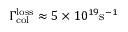
\Gamma _ { \mathrm { c o l } } ^ { \mathrm { l o s s } } \approx 5 \times 1 0 ^ { 1 9 } \mathrm { s } ^ { - 1 }